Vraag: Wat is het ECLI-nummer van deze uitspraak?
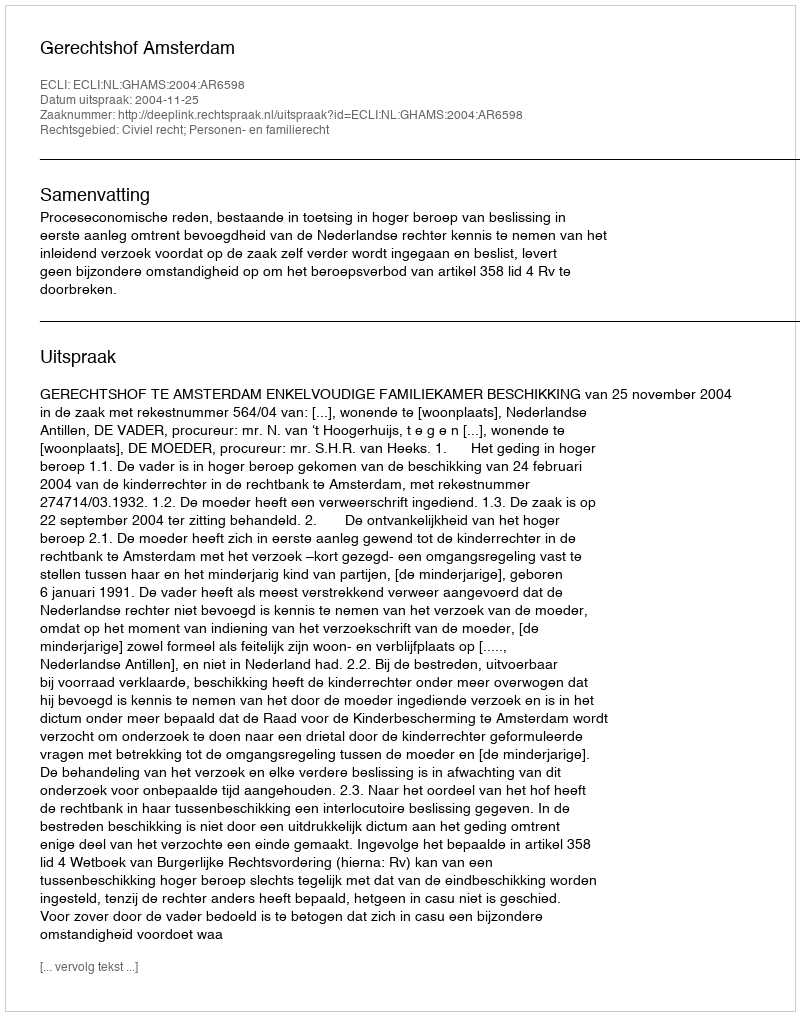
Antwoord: ECLI:NL:GHAMS:2004:AR6598